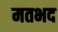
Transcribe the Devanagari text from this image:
मतभद